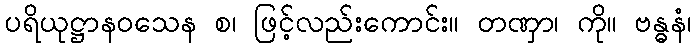
ပရိယုဋ္ဌာနဝသေန စ၊ ဖြင့်လည်းကောင်း။ တဏှာ၊ ကို။ ဗန္ဓနံ၊